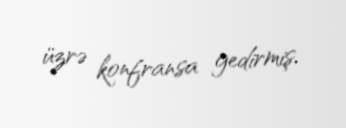
üzrə konfransa gedirmiş.